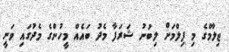
ޖިލާމްގެ މި ފިލްމަށް ލިބުނު ޝަރަފާ މެދު ބައެއް މީހުންގެ މެދުގައި ވަނީ